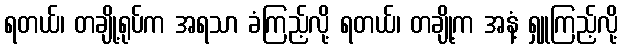
ရတယ်၊ တချို့ရုပ်က အရသာ ခံကြည့်လို့ ရတယ်၊ တချို့က အနံ့ ရှူကြည့်လို့